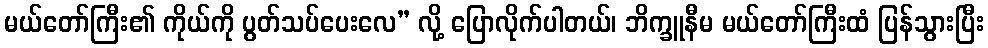
မယ်တော်ကြီး၏ ကိုယ်ကို ပွတ်သပ်ပေးလေ” လို့ ပြောလိုက်ပါတယ်၊ ဘိက္ခူနီမ မယ်တော်ကြီးထံ ပြန်သွားပြီး